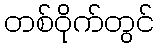
တစ်ဝိုက်တွင်